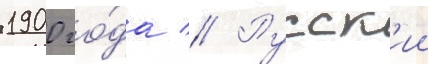
1900 го́да // Русск'ии